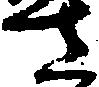
さ